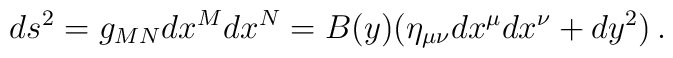
ds^2 = g_{MN}dx^Mdx^N= B(y)(\eta_{\mu\nu}dx^\mu dx^\nu +dy^2)\,.